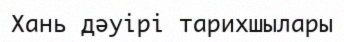
Хань дәуірі тарихшылары